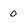
Character: 0